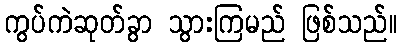
ကွပ်ကဲဆုတ်ခွာ သွားကြမည် ဖြစ်သည်။